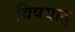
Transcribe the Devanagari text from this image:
विषयात्